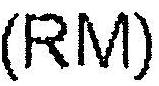
(RM)